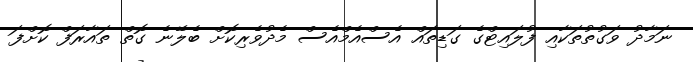
ނަމާދު ވަގުތުތަކާއި ފުލައިޓްގެ ގަޑިތައް އެސްއެމްއެސް މެދުވެރިކޮށް ބެލޭނެ ގޮތް ތައާރަފް ކޮށްފަ